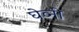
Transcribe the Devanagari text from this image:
घेव्नी